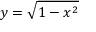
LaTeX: y = { \sqrt { 1 - x ^ { 2 } } }